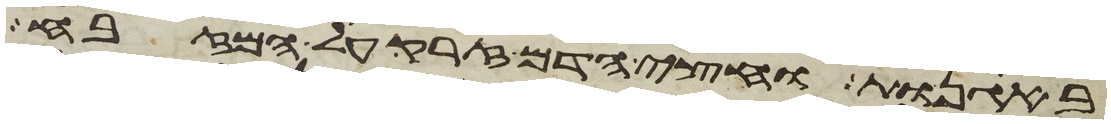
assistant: באגנות וחצי הדם זרק על המזבח